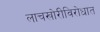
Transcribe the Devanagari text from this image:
लाचखोरीविरोधात